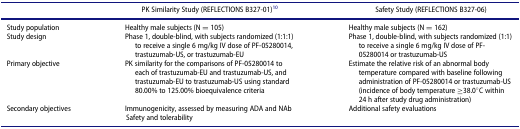
|  | PK Similarity Study (REFLECTIONS B327-01)10 | Safety Study (REFLECTIONS B327-06) |
 | --- | --- | --- |
 | Study population | Healthy male subjects (N = 105) | Healthy male subjects (N = 162) |
 | Study design | Phase 1, double-blind, with subjects randomized (1:1:1) to receive a single 6 mg/kg IV dose of PF-05280014, trastuzumab-US, or trastuzumab-EU | Phase 1, double-blind, with subjects randomized (1:1) to receive a single 6 mg/kg IV dose of PF-05280014 or trastuzumab-US |
 | Primary objective | PK similarity for the comparisons of PF-05280014 to each of trastuzumab-EU and trastuzumab-US, and trastuzumab-EU to trastuzumab-US using standard 80.00% to 125.00% bioequivalence criteria | Estimate the relative risk of an abnormal body temperature compared with baseline following administration of PF-05280014 or trastuzumab-US (incidence of body temperature ≥38.0°C within 24 h after study drug administration) |
 | Secondary objectives | Immunogenicity, assessed by measuring ADA and NAb Safety and tolerability | Additional safety evaluations |